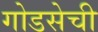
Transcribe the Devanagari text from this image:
गोडसेची